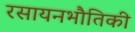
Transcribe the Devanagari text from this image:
रसायनभौतिकी